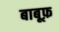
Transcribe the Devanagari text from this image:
बाबूफ़